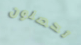
تحصلون